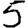
Digit: 5